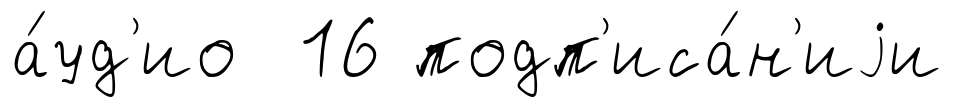
а́уд'ио 16 подп'иса́н'иjи